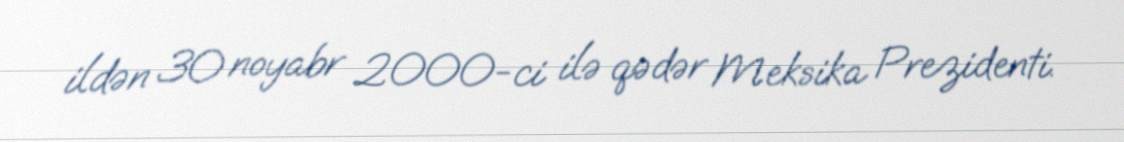
ildən 30 noyabr 2000-ci ilə qədər Meksika Prezidenti.